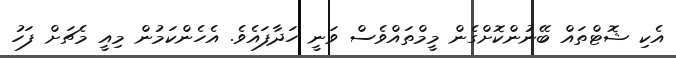
އެކި ޝޮޓްތައް ބޭނުންކޮށްގެން މީމްތައްވެސް ވަނީ ހަދާފައެވެ. އެހެންކަމުން މިއީ މެޗަށް ފަހު